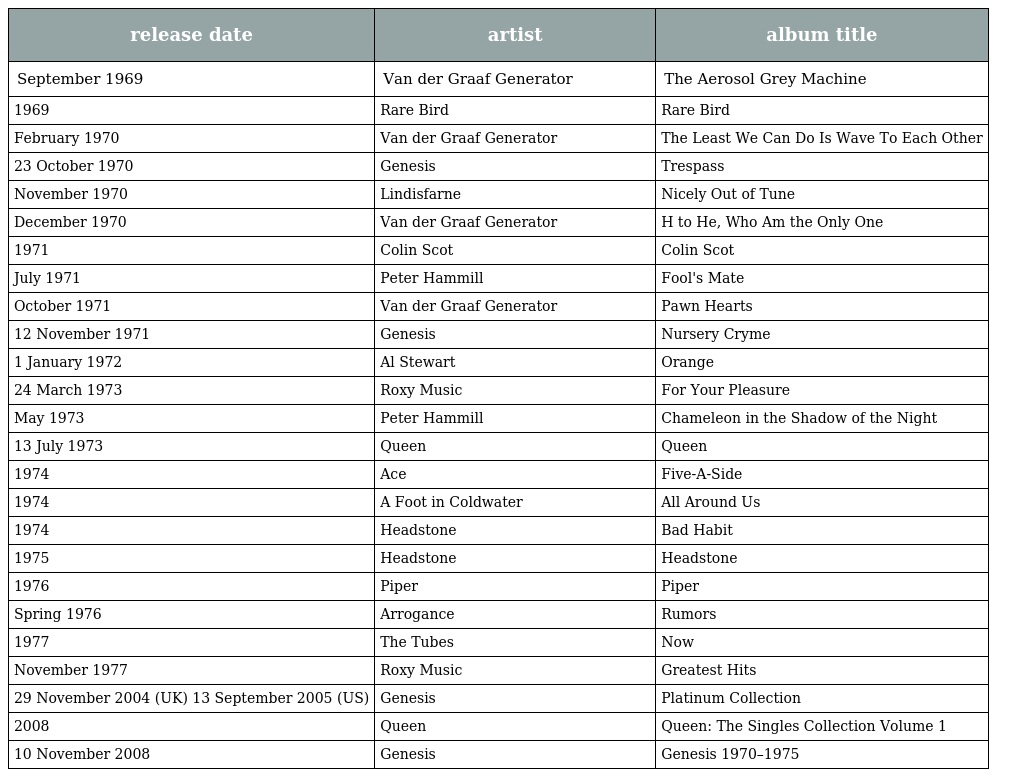
| release date | artist | album title |
 | --- | --- | --- |
 | September 1969 | Van der Graaf Generator | The Aerosol Grey Machine |
 | 1969 | Rare Bird | Rare Bird |
 | February 1970 | Van der Graaf Generator | The Least We Can Do Is Wave To Each Other |
 | 23 October 1970 | Genesis | Trespass |
 | November 1970 | Lindisfarne | Nicely Out of Tune |
 | December 1970 | Van der Graaf Generator | H to He, Who Am the Only One |
 | 1971 | Colin Scot | Colin Scot |
 | July 1971 | Peter Hammill | Fool's Mate |
 | October 1971 | Van der Graaf Generator | Pawn Hearts |
 | 12 November 1971 | Genesis | Nursery Cryme |
 | 1 January 1972 | Al Stewart | Orange |
 | 24 March 1973 | Roxy Music | For Your Pleasure |
 | May 1973 | Peter Hammill | Chameleon in the Shadow of the Night |
 | 13 July 1973 | Queen | Queen |
 | 1974 | Ace | Five-A-Side |
 | 1974 | A Foot in Coldwater | All Around Us |
 | 1974 | Headstone | Bad Habit |
 | 1975 | Headstone | Headstone |
 | 1976 | Piper | Piper |
 | Spring 1976 | Arrogance | Rumors |
 | 1977 | The Tubes | Now |
 | November 1977 | Roxy Music | Greatest Hits |
 | 29 November 2004 (UK) 13 September 2005 (US) | Genesis | Platinum Collection |
 | 2008 | Queen | Queen: The Singles Collection Volume 1 |
 | 10 November 2008 | Genesis | Genesis 1970–1975 |